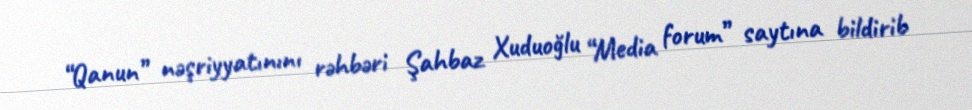
“Qanun” nəşriyyatınını rəhbəri Şahbaz Xuduoğlu “Media forum” saytına bildirib